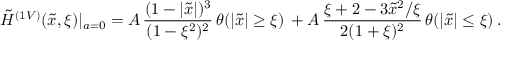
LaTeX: \tilde { H } ^ { ( 1 V ) } ( \tilde { x } , \xi ) | _ { a = 0 } = A \, \frac { ( 1 - | \tilde { x } | ) ^ { 3 } } { ( 1 - \xi ^ { 2 } ) ^ { 2 } } \, \theta ( | \tilde { x } | \geq \xi ) \, + A \, \frac { \xi + 2 - 3 \tilde { x } ^ { 2 } / \xi } { 2 ( 1 + \xi ) ^ { 2 } } \, \theta ( | \tilde { x } | \leq \xi ) \, .